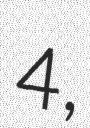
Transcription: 4,